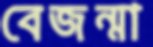
বেজন্মা